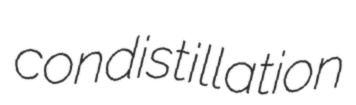
condistillation